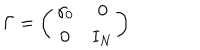
\Gamma = \left( \begin{array} { c c } { { \gamma _ { 0 } } } & { { 0 } } \\ { { 0 } } & { { \mathrm { I } _ { N } } } \\ \end{array} \right)